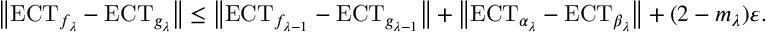
\big \| \mathrm { E C T } _ { f _ { \lambda } } - \mathrm { E C T } _ { g _ { \lambda } } \big \| \leq \big \| \mathrm { E C T } _ { f _ { \lambda - 1 } } - \mathrm { E C T } _ { g _ { \lambda - 1 } } \big \| + \big \| \mathrm { E C T } _ { \alpha _ { \lambda } } - \mathrm { E C T } _ { \beta _ { \lambda } } \big \| + ( 2 - m _ { \lambda } ) \varepsilon .